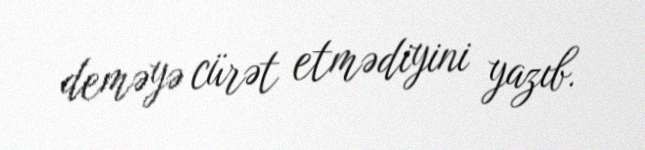
deməyə cürət etmədiyini yazıb.